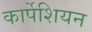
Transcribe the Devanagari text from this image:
कार्पेशियन